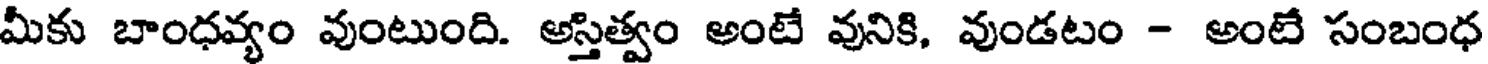
మీకు బాంధవ్యం వుంటుంది. అస్తిత్వం అంటే వునికి, వుండటం - అంటే సంబంధ